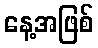
နေ့အဖြစ်